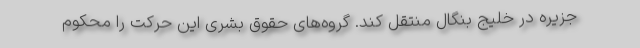
جزیره در خلیج بنگال منتقل کند. گروه‌های حقوق بشری این حرکت را محکوم